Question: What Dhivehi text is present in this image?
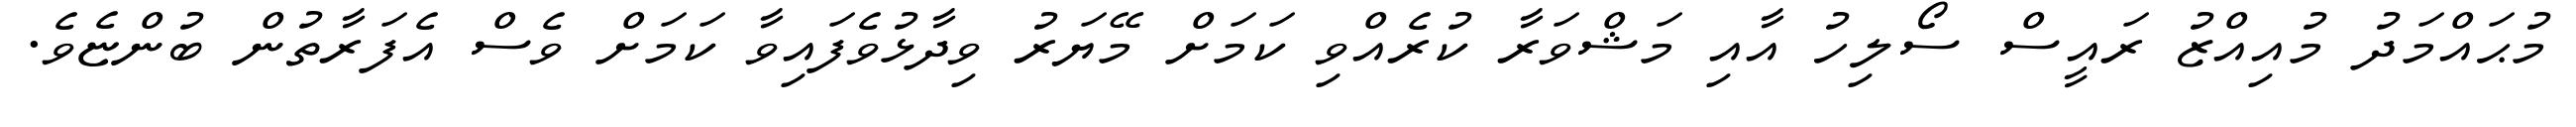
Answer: މުޙައްމަދު މުއިއްޒު ރައީސް ސޯލިހު އާއި މަޝްވަރާ ކުރެއްވި ކަމަށް މޭޔަރު ވިދާޅުވެފައިވާ ކަމަށް ވެސް އެފަރާތުން ބުންޏެވެ.